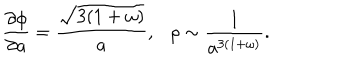
\frac { \partial \phi } { \partial a } = \frac { \sqrt { 3 ( 1 + \omega ) } } { a } , \rho \sim \frac { 1 } { a ^ { 3 ( 1 + \omega ) } } .